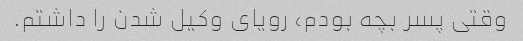
وقتی پسر بچه بودم، رویای وکیل شدن را داشتم.